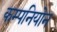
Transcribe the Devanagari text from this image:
कम्पनियोन